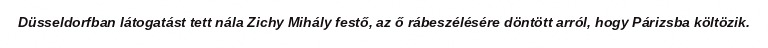
Düsseldorfban látogatást tett nála Zichy Mihály festő, az ő rábeszélésére döntött arról, hogy Párizsba költözik.